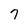
Character: 7